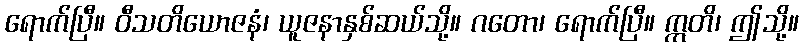
ရောက်ပြီ။ ဝီသတိယောဇနံ၊ ယူဇနာနှစ်ဆယ်သို့။ ဂတော၊ ရောက်ပြီ။ ဣတိ၊ ဤသို့။